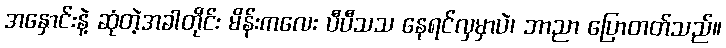
အနှောင်းနဲ့ ဆုံတဲ့အခါတိုင်း မိန်းကလေး ပီပီသသ နေရင်လှမှာပဲ၊ ဘာညာ ပြောတတ်သည်။